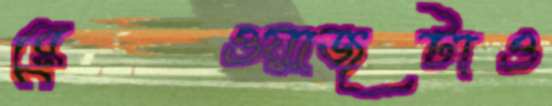
রেওয়াজটাও